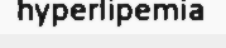
hyperlipemia